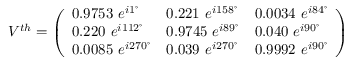
V ^ { t h } = \left( \begin{array} { l l l } { { 0 . 9 7 5 3 ~ e ^ { i 1 ^ { \circ } } } } & { { 0 . 2 2 1 ~ e ^ { i 1 5 8 ^ { \circ } } } } & { { 0 . 0 0 3 4 ~ e ^ { i 8 4 ^ { \circ } } } } \\ { { 0 . 2 2 0 ~ e ^ { i 1 1 2 ^ { \circ } } } } & { { 0 . 9 7 4 5 ~ e ^ { i 8 9 ^ { \circ } } } } & { { 0 . 0 4 0 ~ e ^ { i 9 0 ^ { \circ } } } } \\ { { 0 . 0 0 8 5 ~ e ^ { i 2 7 0 ^ { \circ } } } } & { { 0 . 0 3 9 ~ e ^ { i 2 7 0 ^ { \circ } } } } & { { 0 . 9 9 9 2 ~ e ^ { i 9 0 ^ { \circ } } } } \end{array} \right)